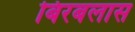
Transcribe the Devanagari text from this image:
बिरबलास